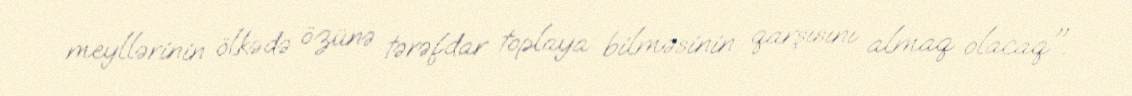
meyllərinin ölkədə özünə tərəfdar toplaya bilməsinin qarşısını almaq olacaq".